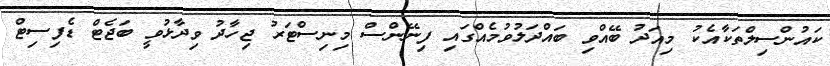
ކައުންސިލްތަކާއެކު މިއަދު ބޭއްވި ބައްދަލުވުމެއްގައި ފިނޭންސް މިނިސްޓަރު ޖިހާދު ވިދާޅުވީ ބަޖެޓް ޑެފިސިޓް